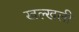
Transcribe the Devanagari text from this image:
खल्खली